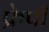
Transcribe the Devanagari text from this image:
फ्रेपी